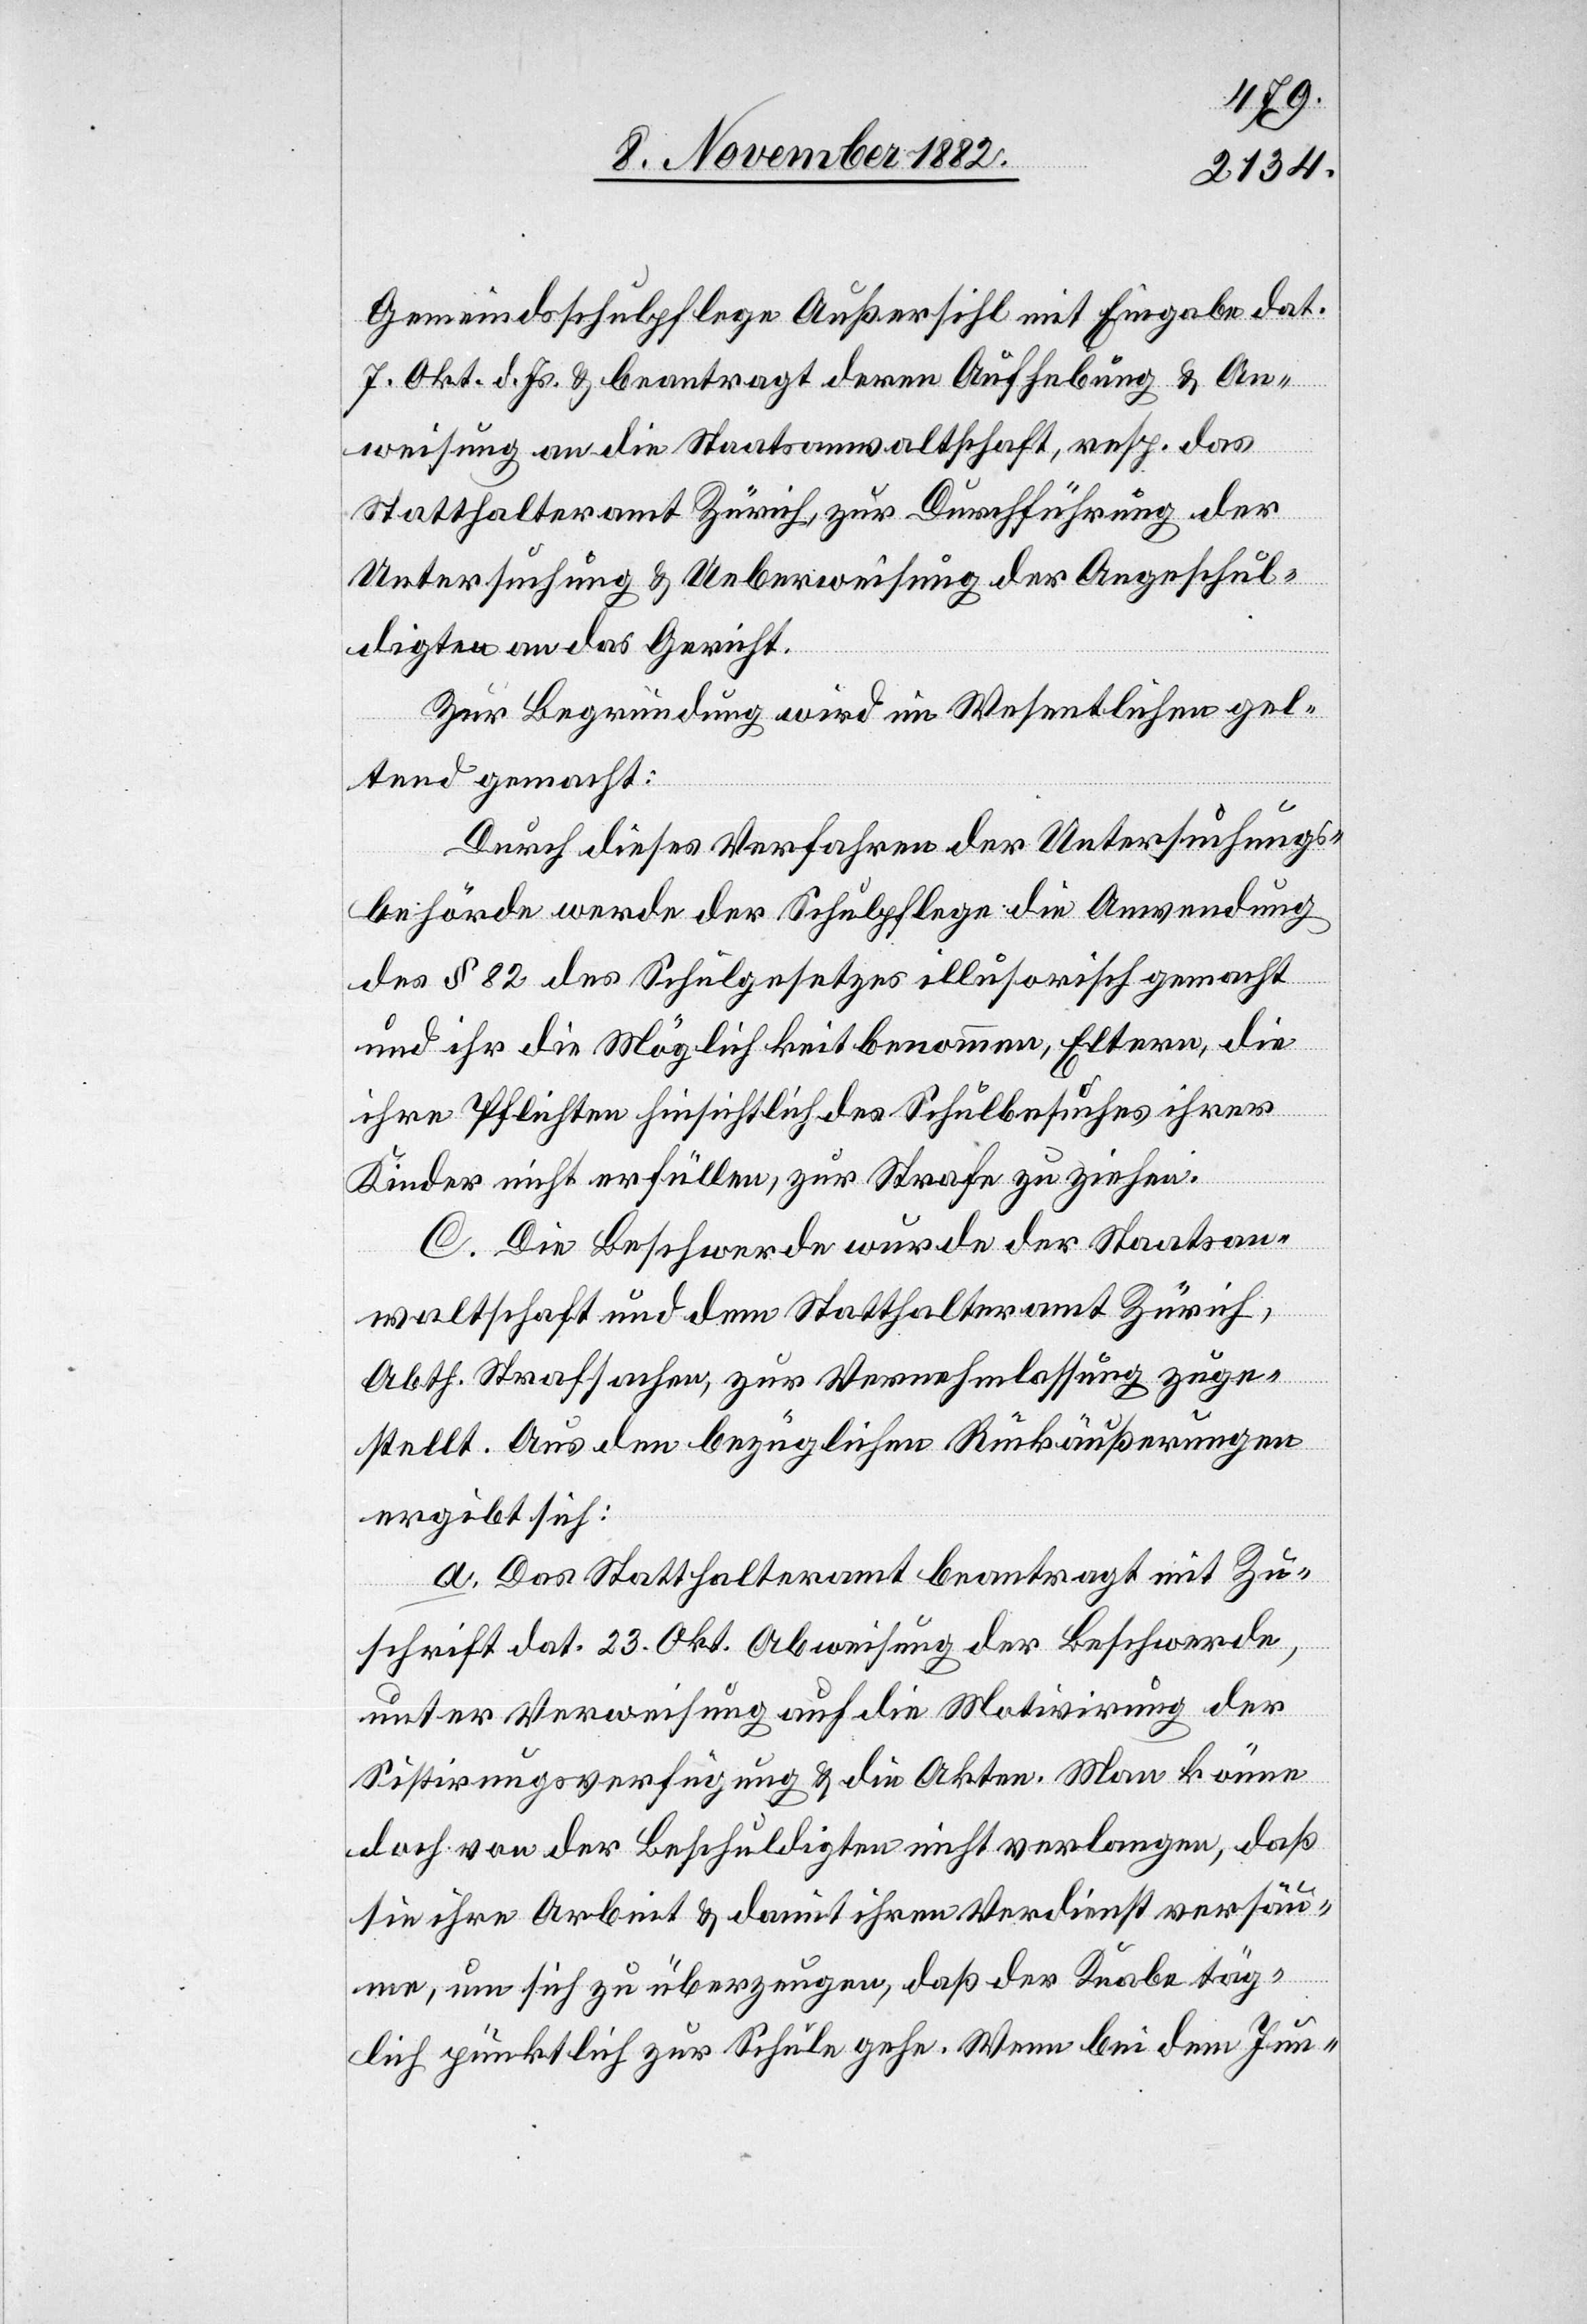
Gemeindsschulpflege Außersihl mit Eingabe dat.
7. Okt. d. Js. & beantragt deren Aufhebung & An¬
weisung an die Staatsanwaltschaft, resp. das
Jun-
Statthalteramt Zürich zur Durchführung der
Untersuchung & Ueberweisung der Angeschul¬
digten an das Gericht.
Zur Begründung wird im Wesentlichen gel¬
tend gemacht:
Durch dieses Verfahren der Untersuchungs¬
behörde werde der Schulpflege die Anwendung
des § 82 des Schulgesetzes illusorisch gemacht
und ihr die Möglichkeit benommen, Eltern, die
ihre Pflichten hinsichtlich des Schulbesuches ihrer
Kinder nicht erfüllen, zur Strafe zu ziehen.
C. Die Beschwerde wurde der Staatsan¬
waltschaft und dem Statthalteramt Zürich,
Abth. Strafsachen, zur Vernehmlassung zuge¬
stellt. Aus den bezüglichen Rückäußerungen
ergibt sich:
a. Das Statthalteramt beantragt mit Zu¬
schrift dat. 23. Okt. Abweisung der Beschwerde,
unter Verweisung auf die Motivirung der
Sistirungsverfügung & die Akten. Man könne
doch von der Beschuldigten nicht verlangen, daß
sie ihre Arbeit & damit ihren Verdienst versäu¬
me, um sich zu überzeugen, daß der Knabe tat¬